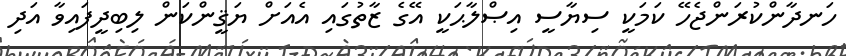
ހަނދާންކުރަންޖެހޭ ކަމަކީ ސިޔާސީ އިޞްލާޙަކީ އޭގެ ޒާތުގައި އެއަށް ޔަޤީންކަން ލިބިދީފައިވާ އަދި